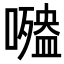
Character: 𡂍